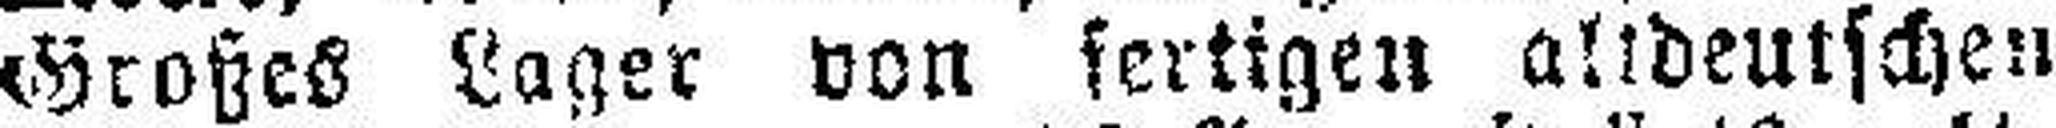
Großes Lager von fertigen altdeutschen